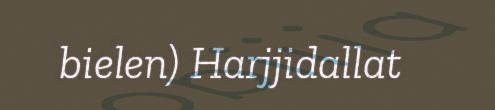
bielen) Harjjidallat